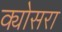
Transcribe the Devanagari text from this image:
क्योसरा